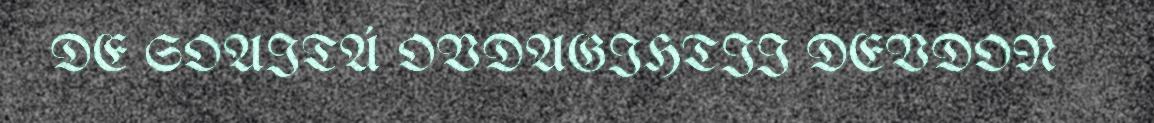
DE SOAITÁ OVDAGIHTII DEVDON